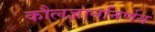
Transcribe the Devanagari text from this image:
कौलज्ञाननिर्णय